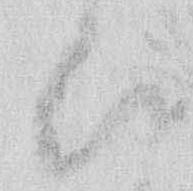
ひ